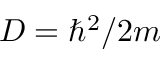
D = \hbar ^ { 2 } / 2 m